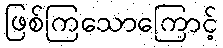
ဖြစ်ကြသောကြောင့်